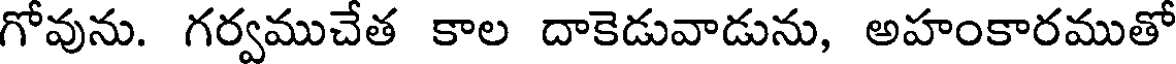
గోవును. గర్వముచేత కాల దాకెడువాడును, అహంకారముతో